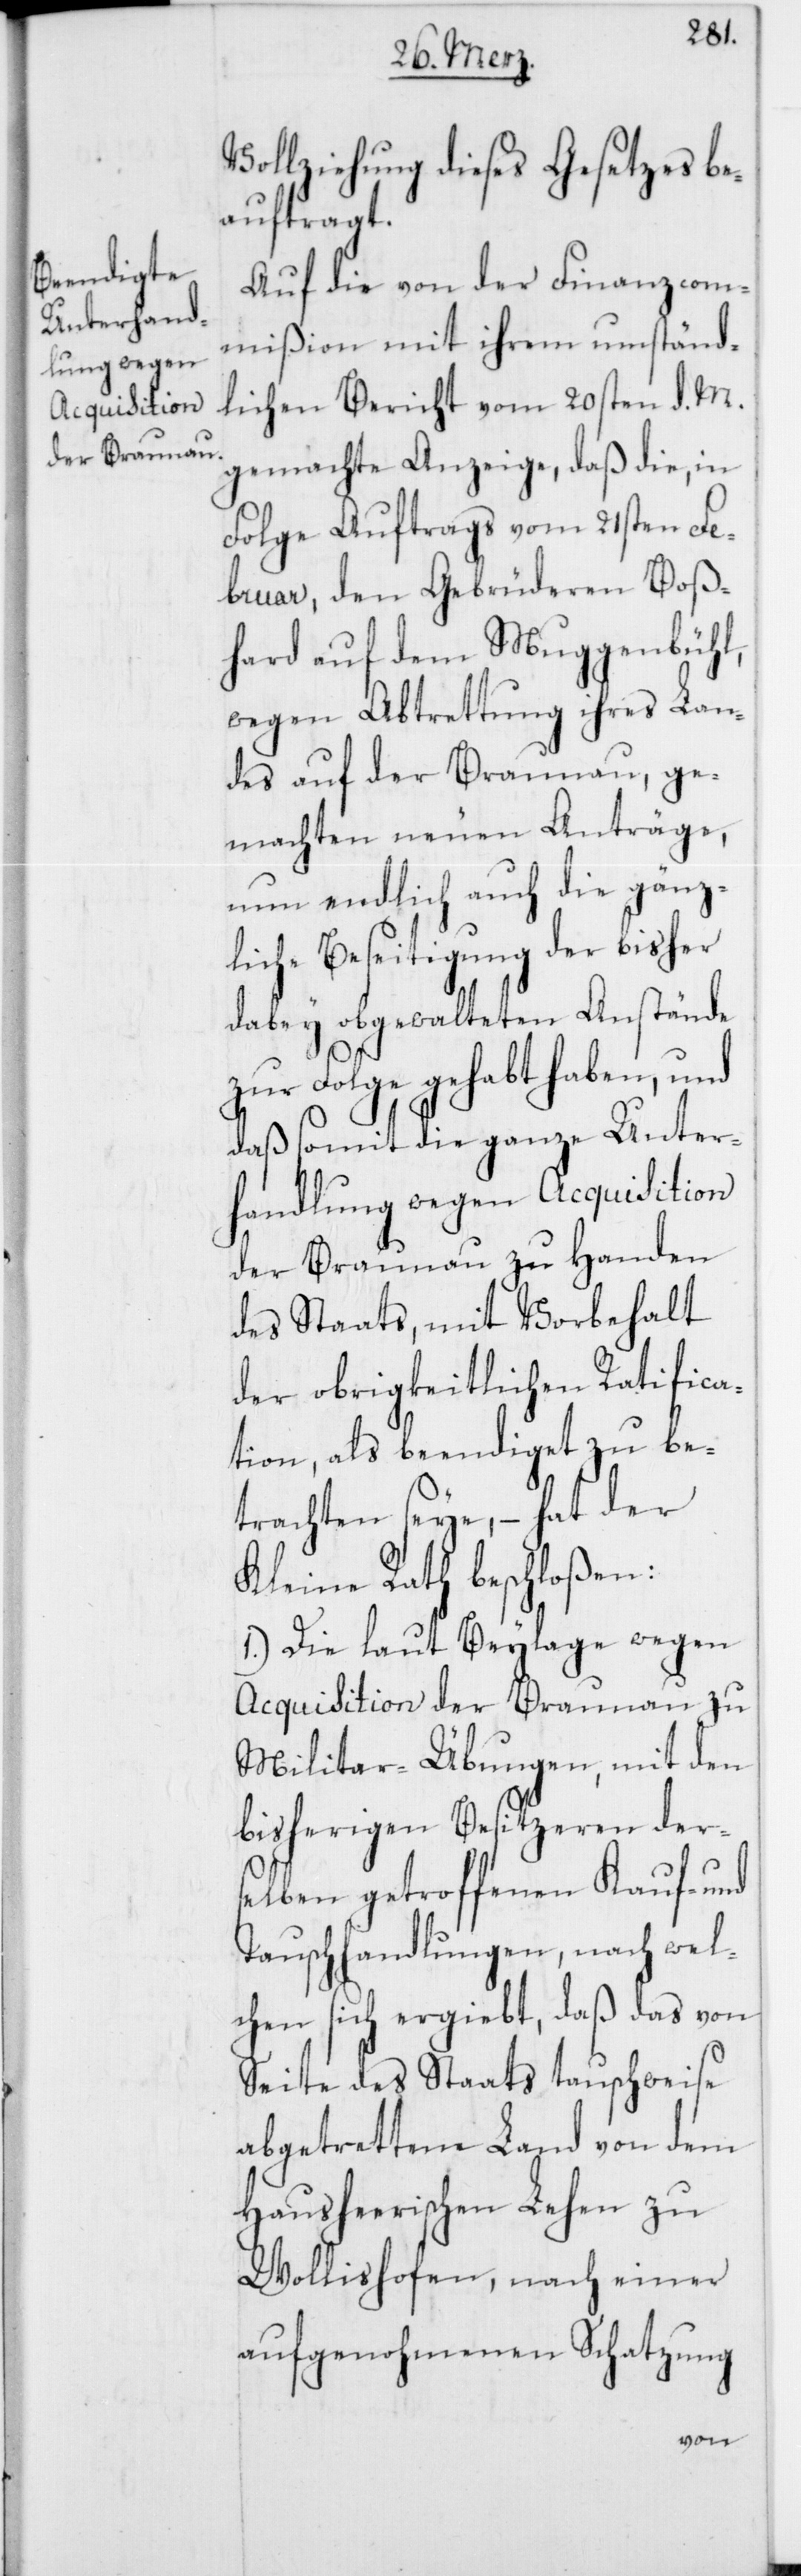
Vollziehung dieses Gesetzes be¬
auftragt.
Auf die von der Finanzcom¬
mißion mit ihrem umständ¬
lichen Bericht vom 20sten d. M.
gemachte Anzeige, daß die, in
Folge Auftrags vom 21sten Fe¬
bruar, den Gebrüderen Boß¬
hard auf dem Muggenbühl,
wegen Abtrettung ihres Lan¬
des auf der Braunau, ge¬
machten neuen Anträge,
nun endlich auch die gänz¬
liche Beseitigung der bisher
dabey obgewalteten Anstände
zur Folge gehabt haben, und
daß somit die ganze Unter¬
handlung wegen Acquisition
der Braunau zu Handen
des Staats, mit Vorbehalt
der obrigkeitlichen Ratifica¬
tion, als beendiget zu be¬
trachten seye, – hat der
Kleine Rath beschloßen:
1.) Die laut Beylage wegen
Acquisition der Braunau zu
Militar-Übungen, mit den
bisherigen Besitzeren ders¬
elben getroffenen Kauf- und
Tauschhandlungen, nach wel¬
chen sich ergiebt, daß das von
Seite des Staats tauschweise
abgetrettene Land von dem
Hausheerischen Lehen zu
Wollishofen, nach einer
aufgenohmenen Schatzung